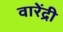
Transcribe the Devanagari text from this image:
वारेंद्री